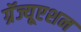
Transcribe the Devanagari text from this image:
ग्रॅज्यूएशन